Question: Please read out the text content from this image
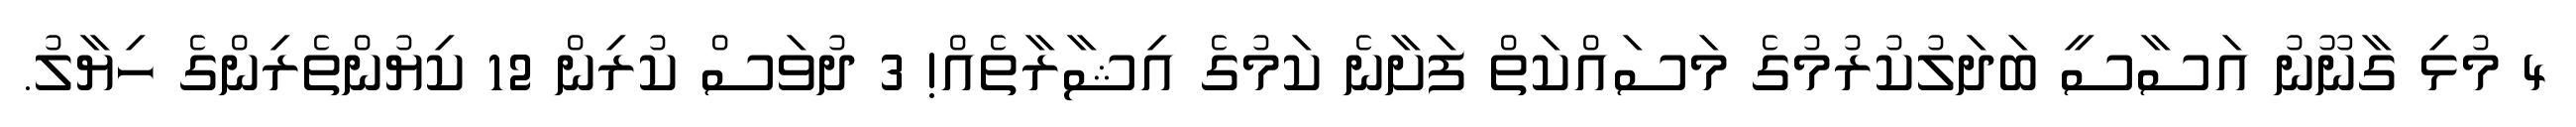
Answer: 4 މުޅި ގާނޫނު އަސާސީ ބަދަލުކުރުމުގެ މަސައްކަތް ފަށާނެ ކަމުގެ އިޝާރާތެއް! 3 ދުވަސް ކުރިން 12 ކިޔުންތެރިންގެ ހިޔާލު.